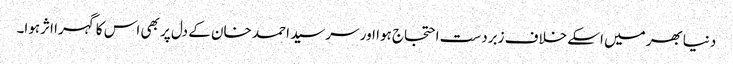
دنیابھر میں اسکے خلاف زبردست احتجاج ہوا اور سرسید احمد خان کے دل پر بھی اس کا گہرا اثرہوا۔